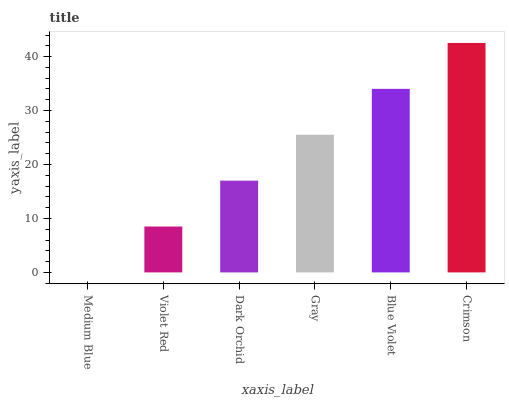
| xaxis_label | bars |
 | --- | --- |
 | Medium Blue | 0 |
 | Violet Red | 8.51 |
 | Dark Orchid | 17 |
 | Gray | 25.5 |
 | Blue Violet | 34 |
 | Crimson | 42.5 |